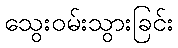
သွေးဝမ်းသွားခြင်း